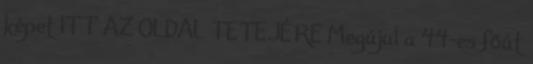
képet ITT AZ OLDAL TETEJÉRE Megújul a 44-es főút